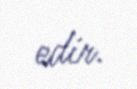
edir.